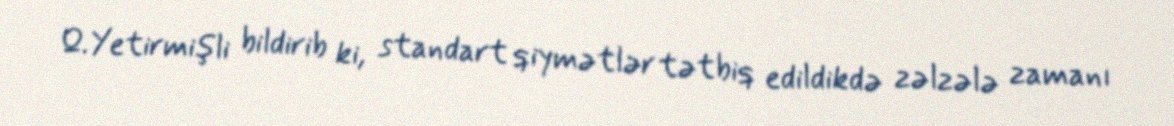
Q.Yetirmişli bildirib ki, standart qiymətlər tətbiq edildikdə zəlzələ zamanı